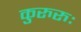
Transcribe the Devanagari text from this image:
कुरुरुः